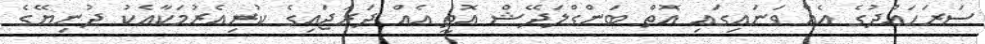
ސަރަހައްދުގެ އެއް ވަނައިގައި އޮތް ބަންގްލަދޭޝް އޮތީ އެއް ދަރަޖައިގެ ކުރިއެރުމަކާއެކު ދުނިޔޭގެ